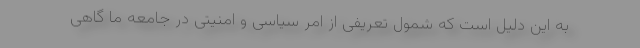
به این دلیل است که شمول تعریفی از امر سیاسی و امنیتی در جامعه ما گاهی